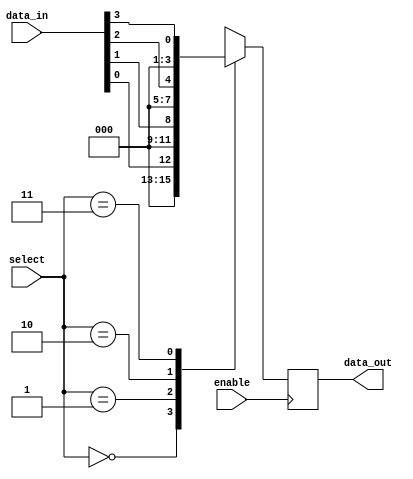
module mux_demux_buffer(
    input [3:0] data_in,
    input [1:0] select,
    input enable,
    output reg [3:0] data_out
);

reg [3:0] buffer_out;

always @(*) begin
    case(select)
        2'b00: buffer_out <= data_in[0];
        2'b01: buffer_out <= data_in[1];
        2'b10: buffer_out <= data_in[2];
        2'b11: buffer_out <= data_in[3];
    endcase
end

always @(posedge enable) begin
    data_out <= buffer_out;
end

endmodule